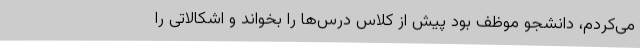
می‌کردم، دانشجو موظف بود پیش از کلاس درس‌ها را بخواند و اشکالاتی را